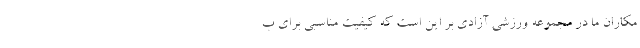
مکاران ما در مجموعه ورزشی آزادی بر این است که کیفیت مناسبی برای ب